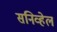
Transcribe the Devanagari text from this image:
सनिव्हेल